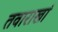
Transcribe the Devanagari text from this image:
तवाराखां